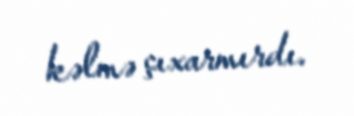
kəlmə çıxarmırdı.